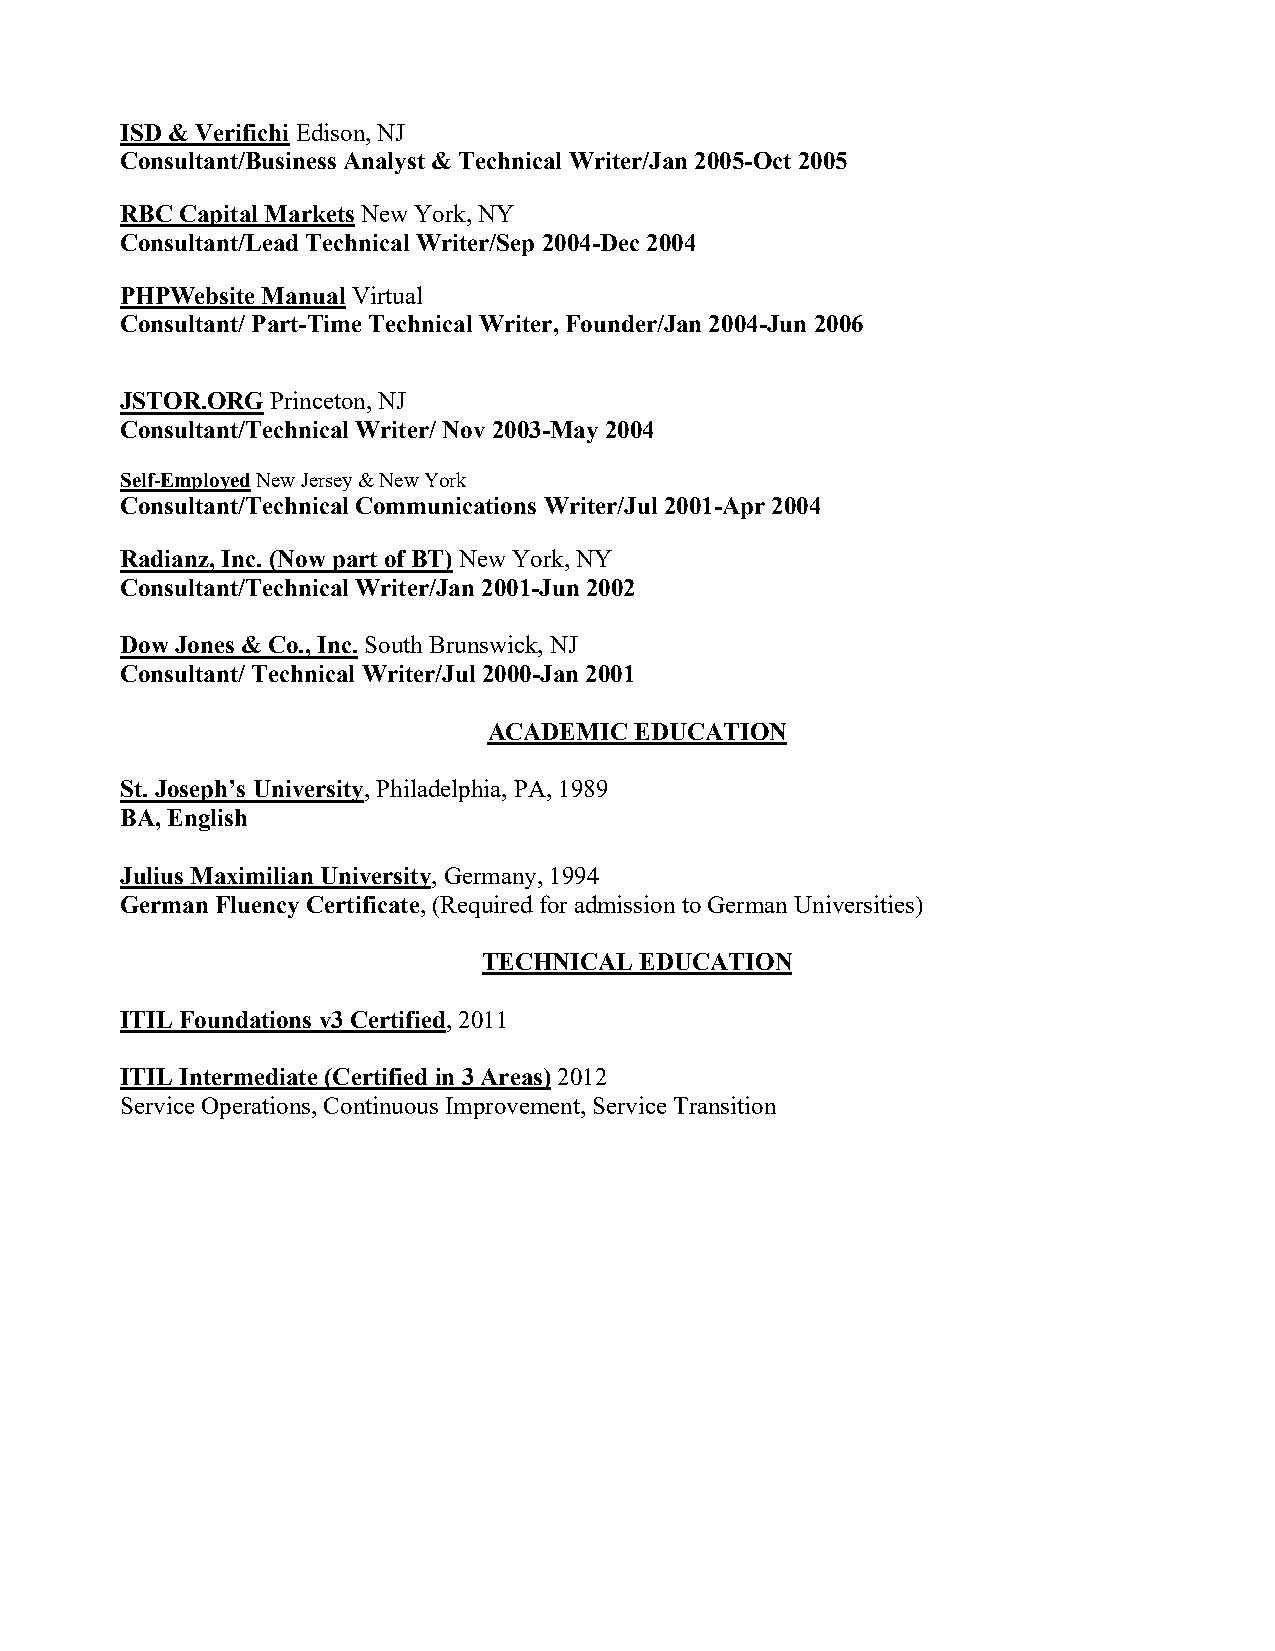
ISD & Verifichi Edison, NJ
 Consultant/Business Analyst & Technical Writer/Jan 2005-Oct 2005
 RBC Capital Markets New York, NY
 Consultant/Lead Technical Writer/Sep 2004-Dec 2004
 PHPWebsite Manual Virtual
 Consultant/ Part-Time Technical Writer, Founder/Jan 2004-Jun 2006
 JSTOR.ORG Princeton, NJ
 Consultant/Technical Writer/ Nov 2003-May 2004
 Self-Employed New Jersey & New York
 Consultant/Technical Communications Writer/Jul 2001-Apr 2004
 Radianz, Inc. (Now part of BT) New York, NY
 Consultant/Technical Writer/Jan 2001-Jun 2002
 Dow Jones & Co., Inc. South Brunswick, NJ
 Consultant/ Technical Writer/Jul 2000-Jan 2001
 ACADEMIC  EDUCATION
 St. Joseph’s University, Philadelphia, PA, 1989
 BA, English
 Julius Maximilian University, Germany, 1994
 German Fluency Certificate, (Required for admission to German Universities)
 TECHNICAL EDUCATION
 ITIL Foundations v3 Certified, 2011
 ITIL Intermediate (Certified in 3 Areas) 2012
 Service Operations, Continuous Improvement, Service Transition